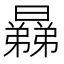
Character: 𣋥